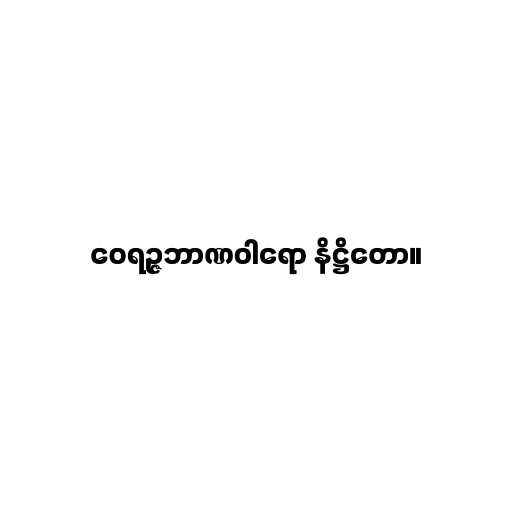
ဝေရဉ္ဇဘာဏဝါရော နိဋ္ဌိတော။